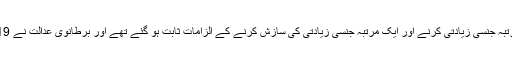
چودھری اخلاق حسین پر ایک بچے کے ساتھ تین مرتبہ جنسی سرگرمیاں جاری رکھنے، 2 مرتبہ جنسی زیادتی کرنے اور ایک مرتبہ جنسی زیادتی کی سازش کرنے کے الزامات ثابت ہو گئے تھے اور برطانوی عدالت نے 19 سال قید بامشقت کی سزا سنا دی تھی تاہم ملزم برطانیہ سے فرار ہو کر پاکستان میں آ گیا تھا ۔